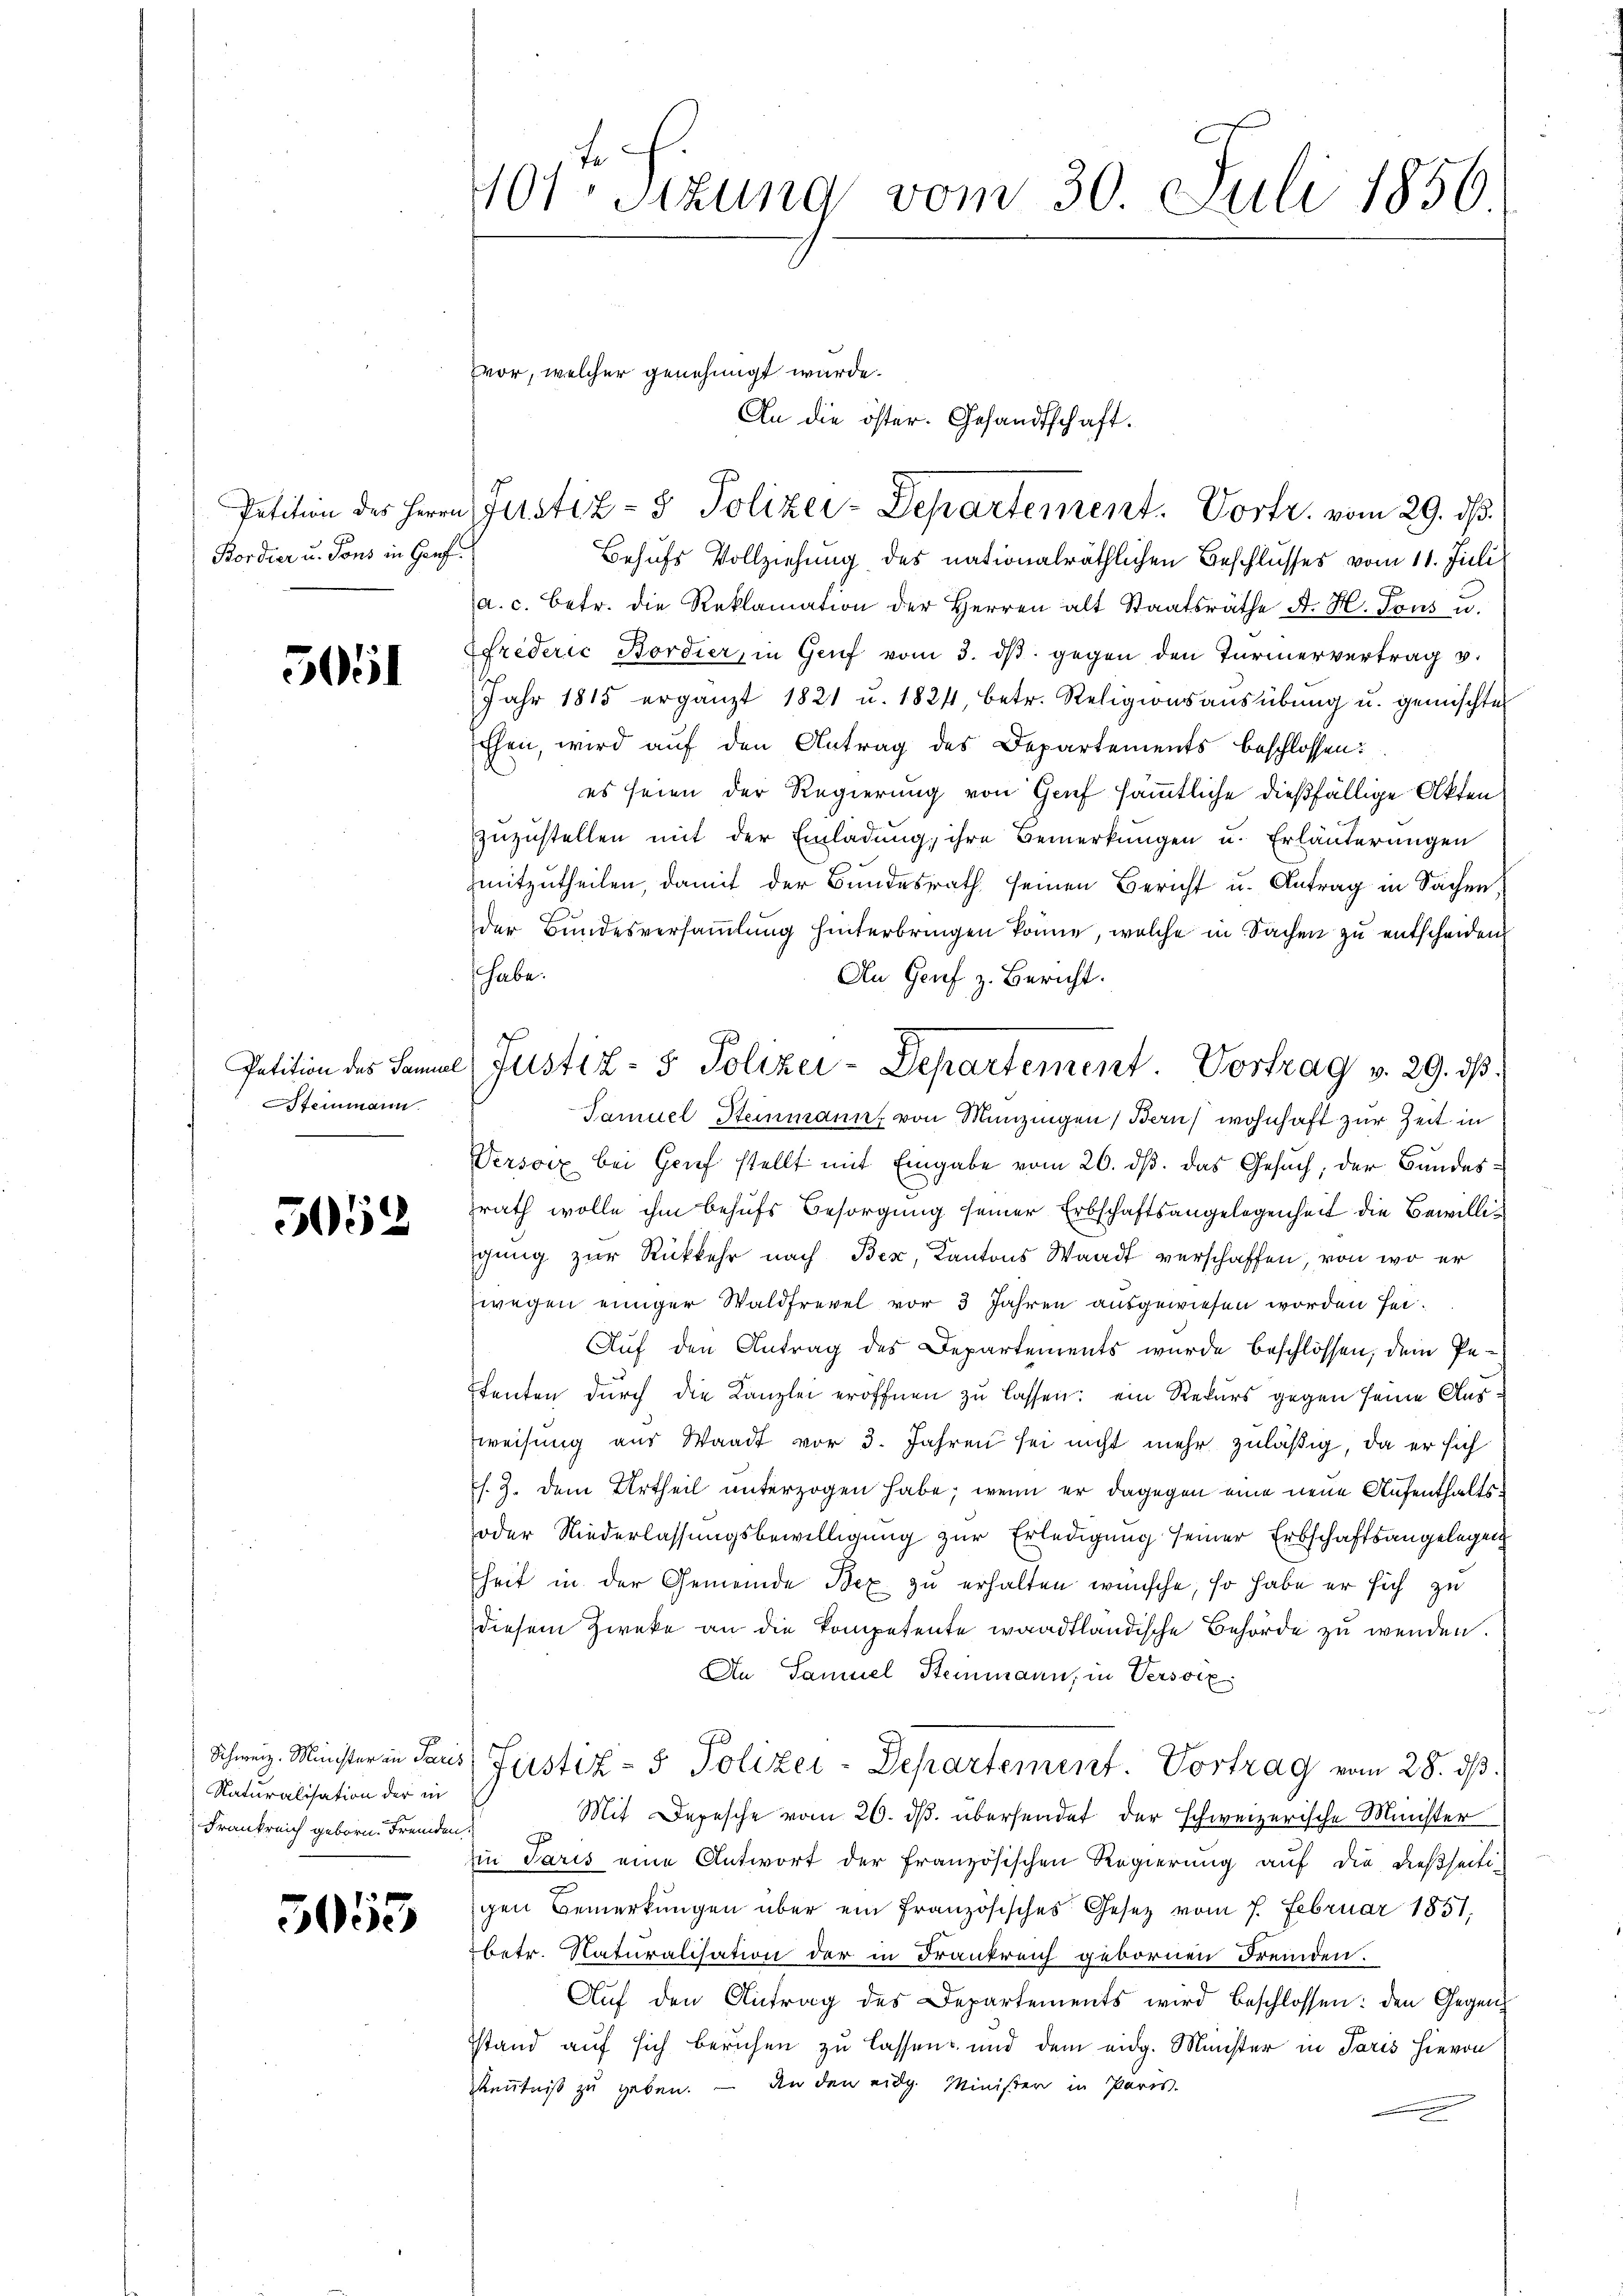
Bordier u. Tons in Genf

505

Patition des Samue
Steinmann.

5052

Naturalisation der in
Frankreich geborn. Fremden

5055

101 Sitzung vom 30. Juli 1856

vor, welcher genehmigt wurde.
Petition des Herrn Justiz- & Polizei-Departement. Vortr. vom 29. ds.

Behufs Vollziehung des nationalräthlichen Beschlusses vom 11. Juli
a. c. betr. die Reklamation der Herren alt Staatsräthe A. H. Tous u.
frederić Bordier, in Genf vom 3. ds. gegen den Türmervertrag v.
Jahr 1815 ergänzt 1821 u. 1824, betr. Religionsaŭsübŭng u. gemischter
Ehen, wird auf den Antrag des Departements beschlossen:
es seien der Regierung von Genf sämmtliche dießfällige Akten
zuzustellen mit der Einladung, ihre Bemerkungen u. Erläuterungen
mitzutheilen, damit der Bundesrath seinen Bericht u. Antrag in Sachen,
der Bundesversammlung hinterbringen könne, welche in Sachen zu entscheiden
shabe.
An Genf z. Bericht.
Samuel Steinmann, von Munzingen, Bern, wohnhaft zur Zeit in
Versorz bei Brief stellt mit Eingabe vom 26. ds. das Gesuch, der Bundeszrath wolle ihm behufs Besorgung seiner Erbschaftsangelegenheit die Bewilligung zur Rückkehr nach Bex, Kantons Waadt verschaffen, von wo er
wegen einiger Waldfrevel vor 3 Jahren ausgewiesen worden sei.
Auf den Antrag des Departements wurde beschlossen, dem Petenten durch die Kanzlei eröffnen zu lassen: ein Rekurs gegen seine Aus
weisung aus Waadt vor 3. Jahren sei nicht mehr zuläßig, da er sich
s. Z. dem Urtheil unterzogen habe; wenn er dagegen eine neue Aufenthalts
oder Niederlassungsbewilligung zur Erledigung seiner Erbschaftsangelegen
heit in der Gemeinde Bex zu erhalten wünsche, so habe er sich zu
diesem Zwecke an die Kompetente waadtländische Behörde zu wenden.
An Samuel Steinmann, in Versoix
Schweiz. Minister in Saus, Justiz- & Polizei-Departement. Vortrag vom 28. dβ.
Mit Depesche vom 26. ds. übersendet der schweizerische Minister
Ein Paris eine Antwort der französischen Regierung auf die dießseiti-
gen Bemerkungen über ein französisches Gesetz vom 7. Februar 1851,
betr. Naturalisation der in Frankreich gebornen Fremden.
Aŭf den Antrag des Departements wird beschlossen: den Gegen¬
Stand auf sich beruhen zu lassen und dem eidg. Minister in Paris hievon
enntniß zu geben. – An den eidg. Minister in Paris-

e Justiz- & Polizei-Departement Vortrag v. 29. ds.

An die öster. Gesandtschaft.